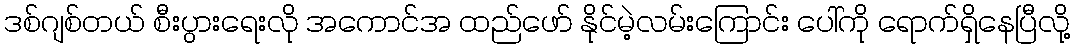
ဒစ်ဂျစ်တယ် စီးပွားရေးလို အကောင်အ ထည်ဖော် နိုင်မဲ့လမ်းကြောင်း ပေါ်ကို ရောက်ရှိနေပြီလို့